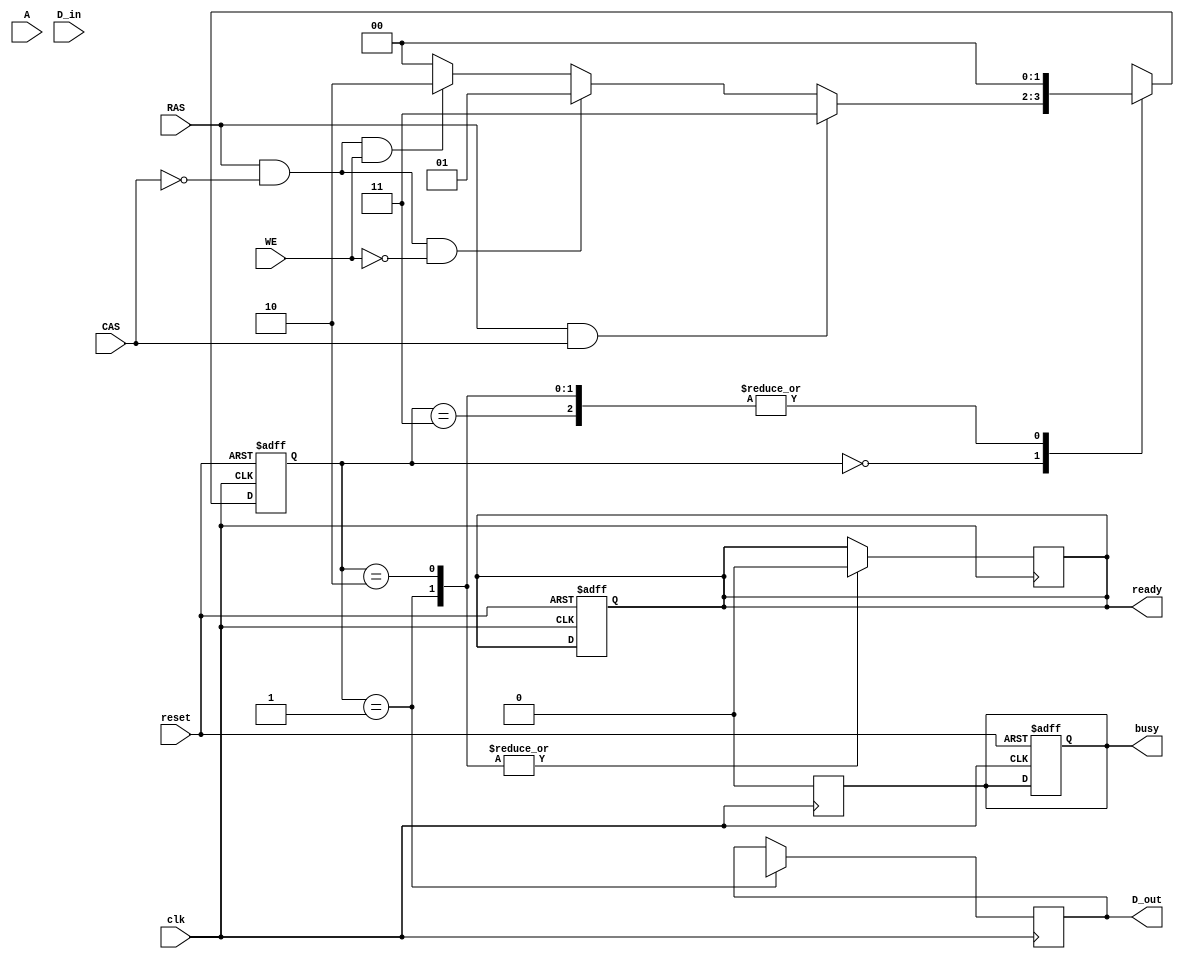
module io_block (
    input wire clk,
    input wire reset,
    input wire [15:0] A,         // Address bus
    input wire RAS,              // Row Address Strobe
    input wire CAS,              // Column Address Strobe
    input wire WE,               // Write Enable
    input wire [15:0] D_in,      // Data input bus
    output reg [15:0] D_out,     // Data output bus
    output reg ready,            // Status signal
    output reg busy              // Status signal
);

    // Internal signals
    reg [15:0] data_buffer_in;   // Input data buffer
    reg [15:0] data_buffer_out;  // Output data buffer
    reg [15:0] address_latch;    // Address latch
    reg read_mode;               // Read mode flag
    reg write_mode;              // Write mode flag
    reg refresh_mode;            // Refresh mode flag

    // State encoding
    localparam IDLE = 2'b00,
               READ = 2'b01,
               WRITE = 2'b10,
               REFRESH = 2'b11;

    reg [1:0] state, next_state;

    // State transition logic
    always @(posedge clk or posedge reset) begin
        if (reset) begin
            state <= IDLE;
            ready <= 1'b1;
            busy <= 1'b0;
        end else begin
            state <= next_state;
        end
    end

    // Next state logic
    always @(*) begin
        case (state)
            IDLE: begin
                if (RAS && CAS) begin
                    next_state = REFRESH;
                end else if (RAS && !CAS && !WE) begin
                    next_state = READ;
                end else if (RAS && !CAS && WE) begin
                    next_state = WRITE;
                end else begin
                    next_state = IDLE;
                end
            end
            READ: begin
                next_state = IDLE;
            end
            WRITE: begin
                next_state = IDLE;
            end
            REFRESH: begin
                next_state = IDLE;
            end
            default: next_state = IDLE;
        endcase
    end

    // Data path control and timing logic
    always @(posedge clk) begin
        case (state)
            READ: begin
                address_latch <= A; // Capture address
                busy <= 1'b1;       // Set busy signal
                ready <= 1'b0;      // Clear ready signal
                // Simulate read operation
                D_out <= data_buffer_out; // Drive data from output buffer
                busy <= 1'b0; // Clear busy signal after operation
            end
            
            WRITE: begin
                address_latch <= A; // Capture address
                busy <= 1'b1;       // Set busy signal
                ready <= 1'b0;      // Clear ready signal
                data_buffer_in <= D_in; // Capture input data
                // Simulate write operation (to memory, not shown)
                busy <= 1'b0; // Clear busy signal after operation
            end

            REFRESH: begin
                // Handle refresh logic (not implemented)
                // This is typically handled by internal logic
                busy <= 1'b0; // Clear busy signal after operation
            end
            
            default: begin
                busy <= 1'b0; // Ensure busy is clear in IDLE state
            end
        endcase
    end

    // Error checking and power management can be added here

endmodule